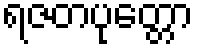
ရဇတပုတ္တော